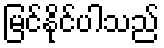
မြင်နိုင်ပါသည်